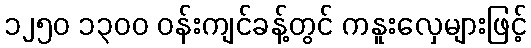
၁၂၅၀ ၁၃၀၀ ဝန်းကျင်ခန့်တွင် ကနူးလှေများဖြင့်